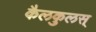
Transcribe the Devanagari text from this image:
कैलकुलस्‌